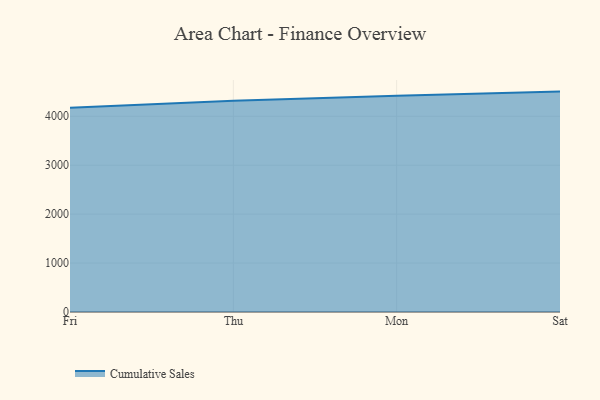
{"axis": {"x": "Day", "y": "Humidity (%)"}, "legend": ["Cumulative Sales"], "data": [{"x": "Fri", "y": 4171.7, "type": "Cumulative Sales"}, {"x": "Thu", "y": 4317.4, "type": "Cumulative Sales"}, {"x": "Mon", "y": 4419.6, "type": "Cumulative Sales"}, {"x": "Sat", "y": 4503.9, "type": "Cumulative Sales"}]}